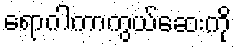
ရောဂါကာကွယ်ဆေးကို